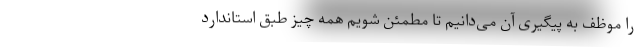
را موظف به پیگیری آن می‌دانیم تا مطمئن شویم همه چیز طبق استاندارد